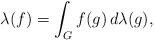
LaTeX: \begin{align*}\lambda(f) = \int_G f(g) \, d\lambda(g),\end{align*}